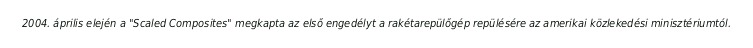
2004. április elején a "Scaled Composites" megkapta az első engedélyt a rakétarepülőgép repülésére az amerikai közlekedési minisztériumtól.